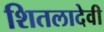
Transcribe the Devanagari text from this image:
शितलादेवी